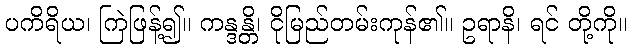
ပကိရိယ၊ ကြဲဖြန့်၍။ ကန္ဒန္တိ၊ ငိုမြည်တမ်းကုန်၏။ ဥရာနိ၊ ရင် တို့ကို။